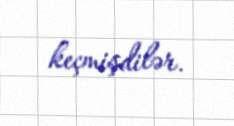
keçmişdilər.